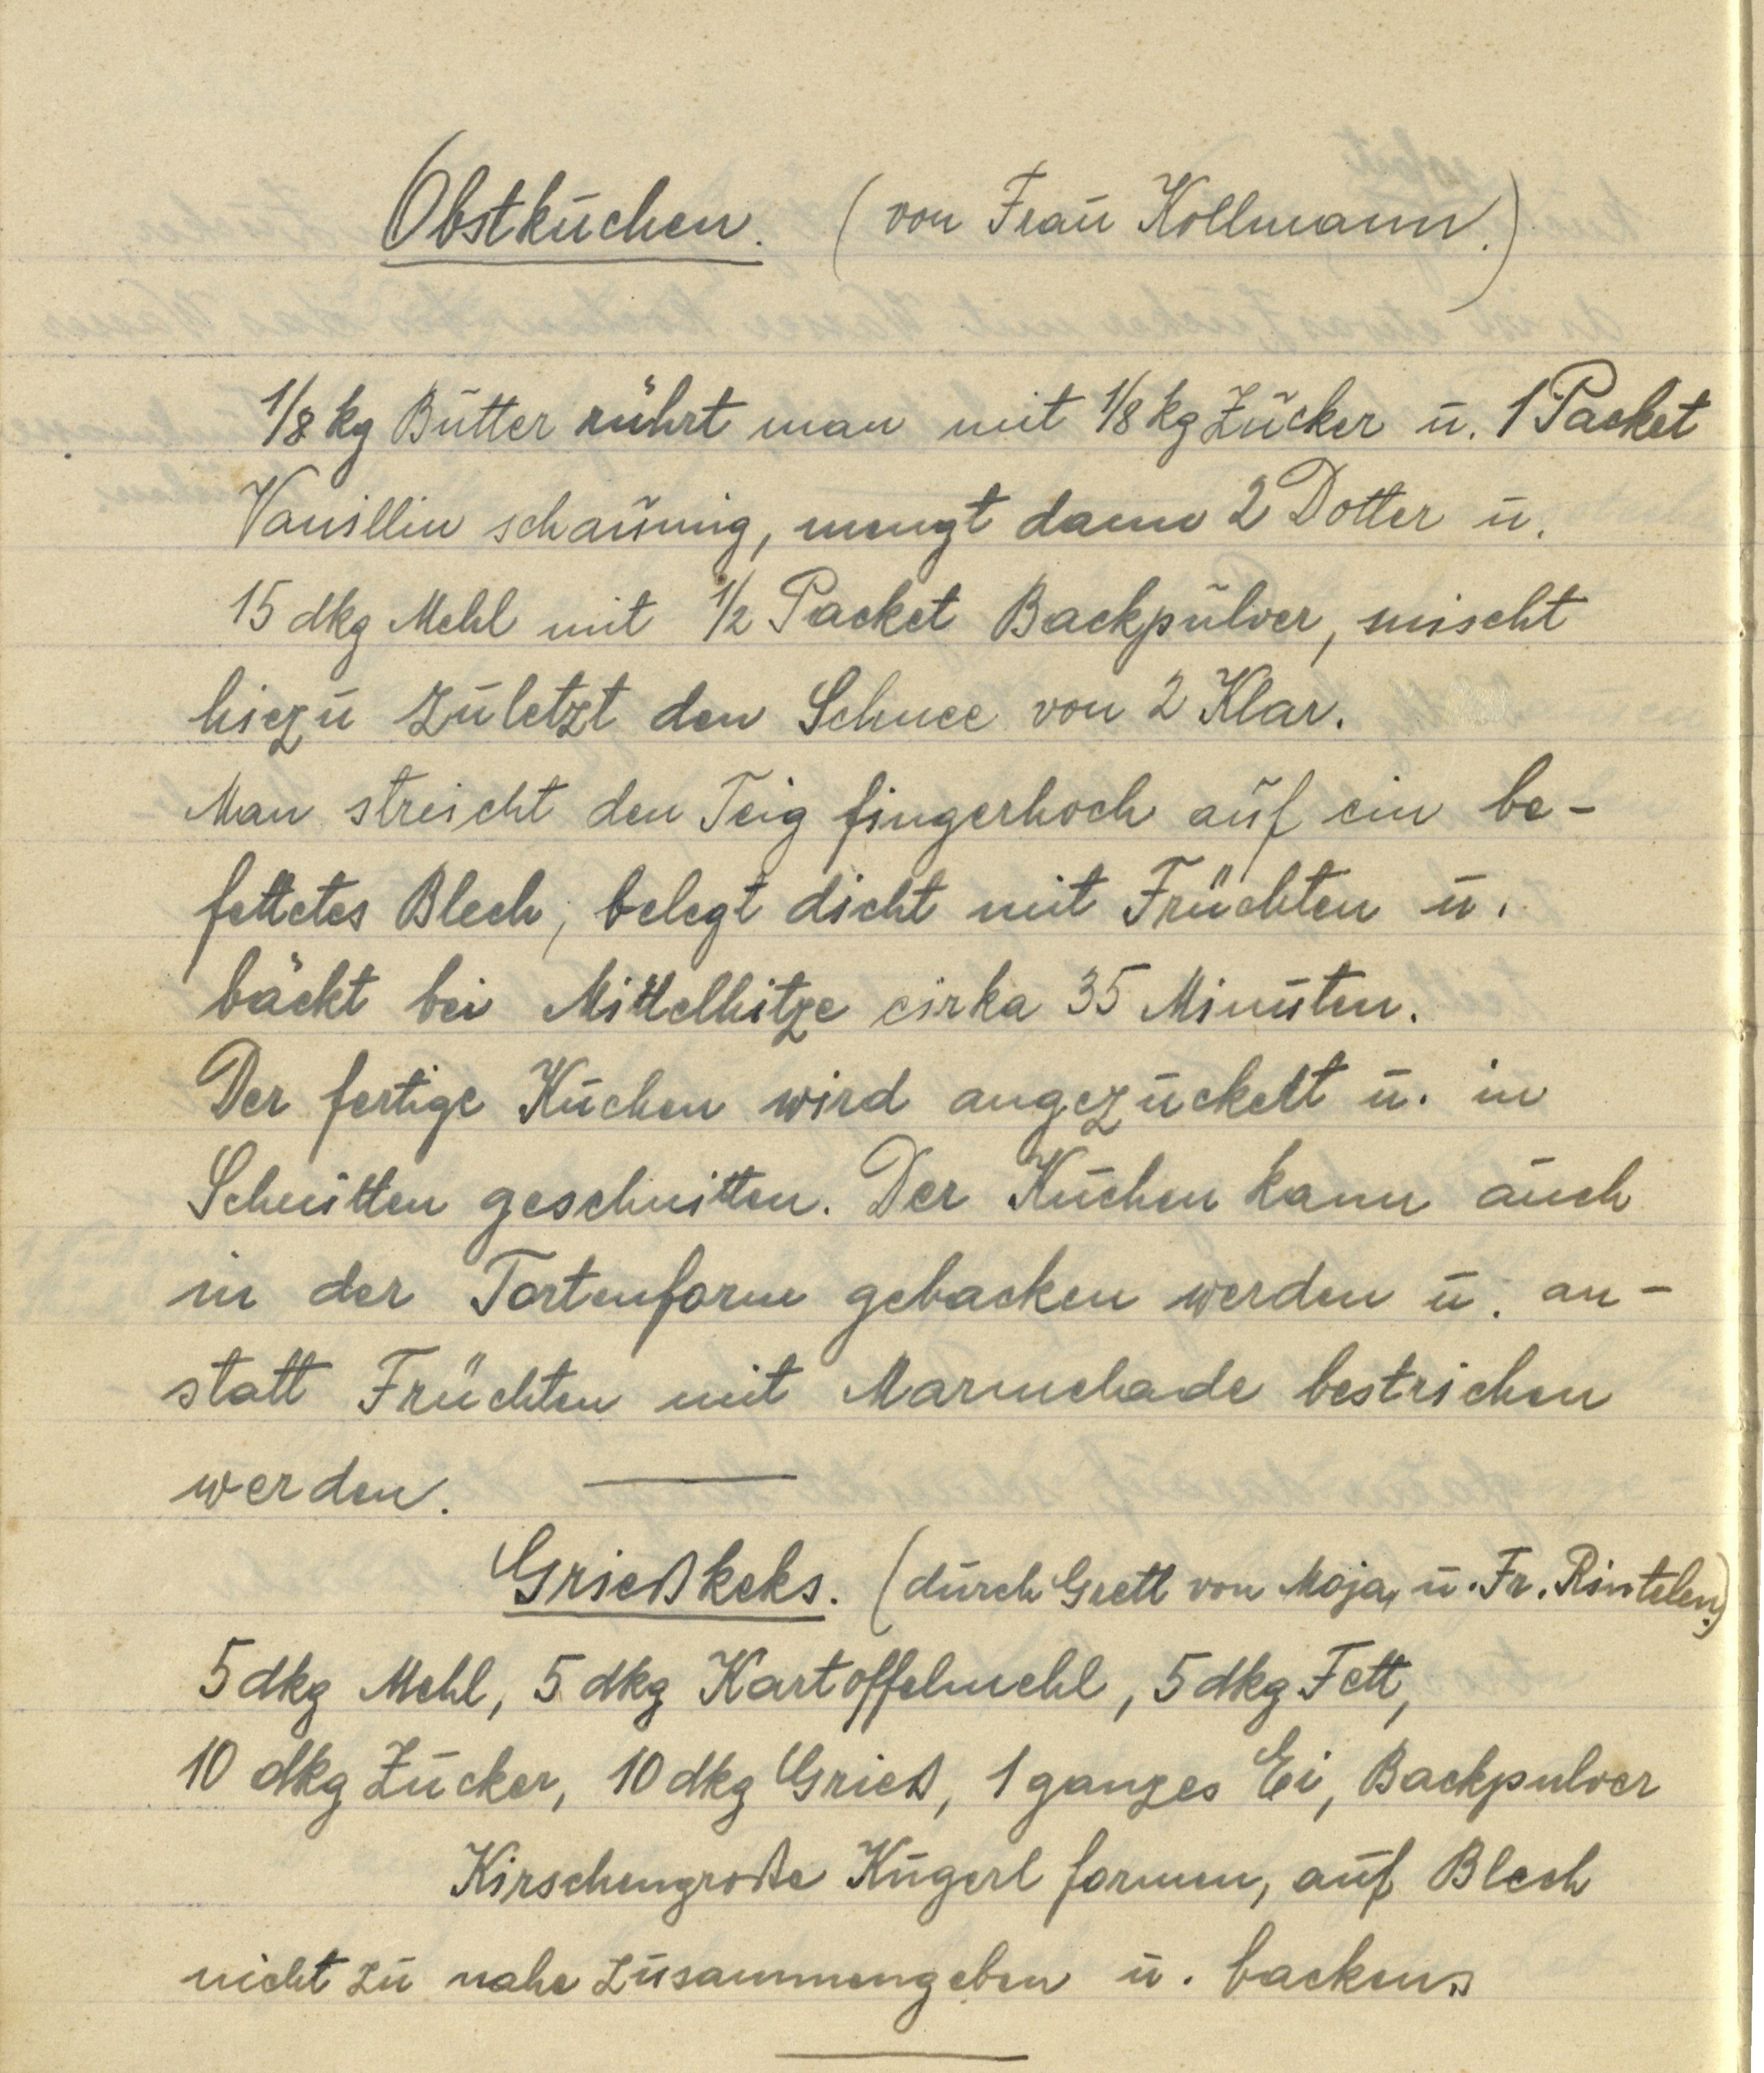
Obstkuchen. (von Frau Kollmann.)

⅛ kg Butter rührt man mit ⅛ kg Zucker u. 1 Packet
Vanillin schaumig, mengt dann 2 Dotter u.
15 dkg Mehl mit ½ Packet Backpulver, mischt
hiezu zuletzt den Schnee von 2 Klar.
Man streicht den Teig fingerhoch auf ein be¬
fettetes Blech, belegt dicht mit Früchten u.
bäckt bei Mittelhitze cirka 35 Minuten.
Der fertige Kuchen wird angezuckert u. in
Schnitten geschnitten. Der Kuchen kann auch
in der Tortenform gebacken werden u. an¬
statt Früchten mit Marmelade bestrichen
werden.

Grießkeks. (durch Gretl von Maja, u. Fr. Rintelen.)
5 dkg Mehl, 5 dkg Kartoffelmehl, 5 dkg Fett,
10 dkg Zucker, 10 dkg Grieß, 1 ganzes Ei, Backpulver
Kirschengroße Kugerl formen, auf Blech
nicht zu nahe zusammengeben u. backen.